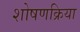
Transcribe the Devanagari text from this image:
शोषणक्रिया